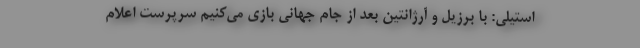
استیلی: با برزیل و آرژانتین بعد از جام جهانی بازی می‌کنیم سرپرست اعلام